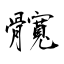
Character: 髖